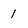
Character: 1